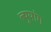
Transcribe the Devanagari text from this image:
ल्युयांग